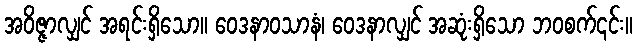
အဝိဇ္ဇာလျှင် အရင်းရှိသော။ ဝေဒနာဝသာနံ၊ ဝေဒနာလျှင် အဆုံးရှိသော ဘဝစက်၎င်း။